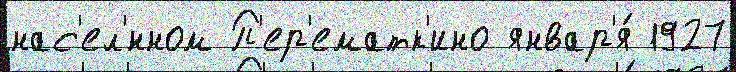
нас'ел'́нном П'ер'ематк'ино январ'я́ 1927